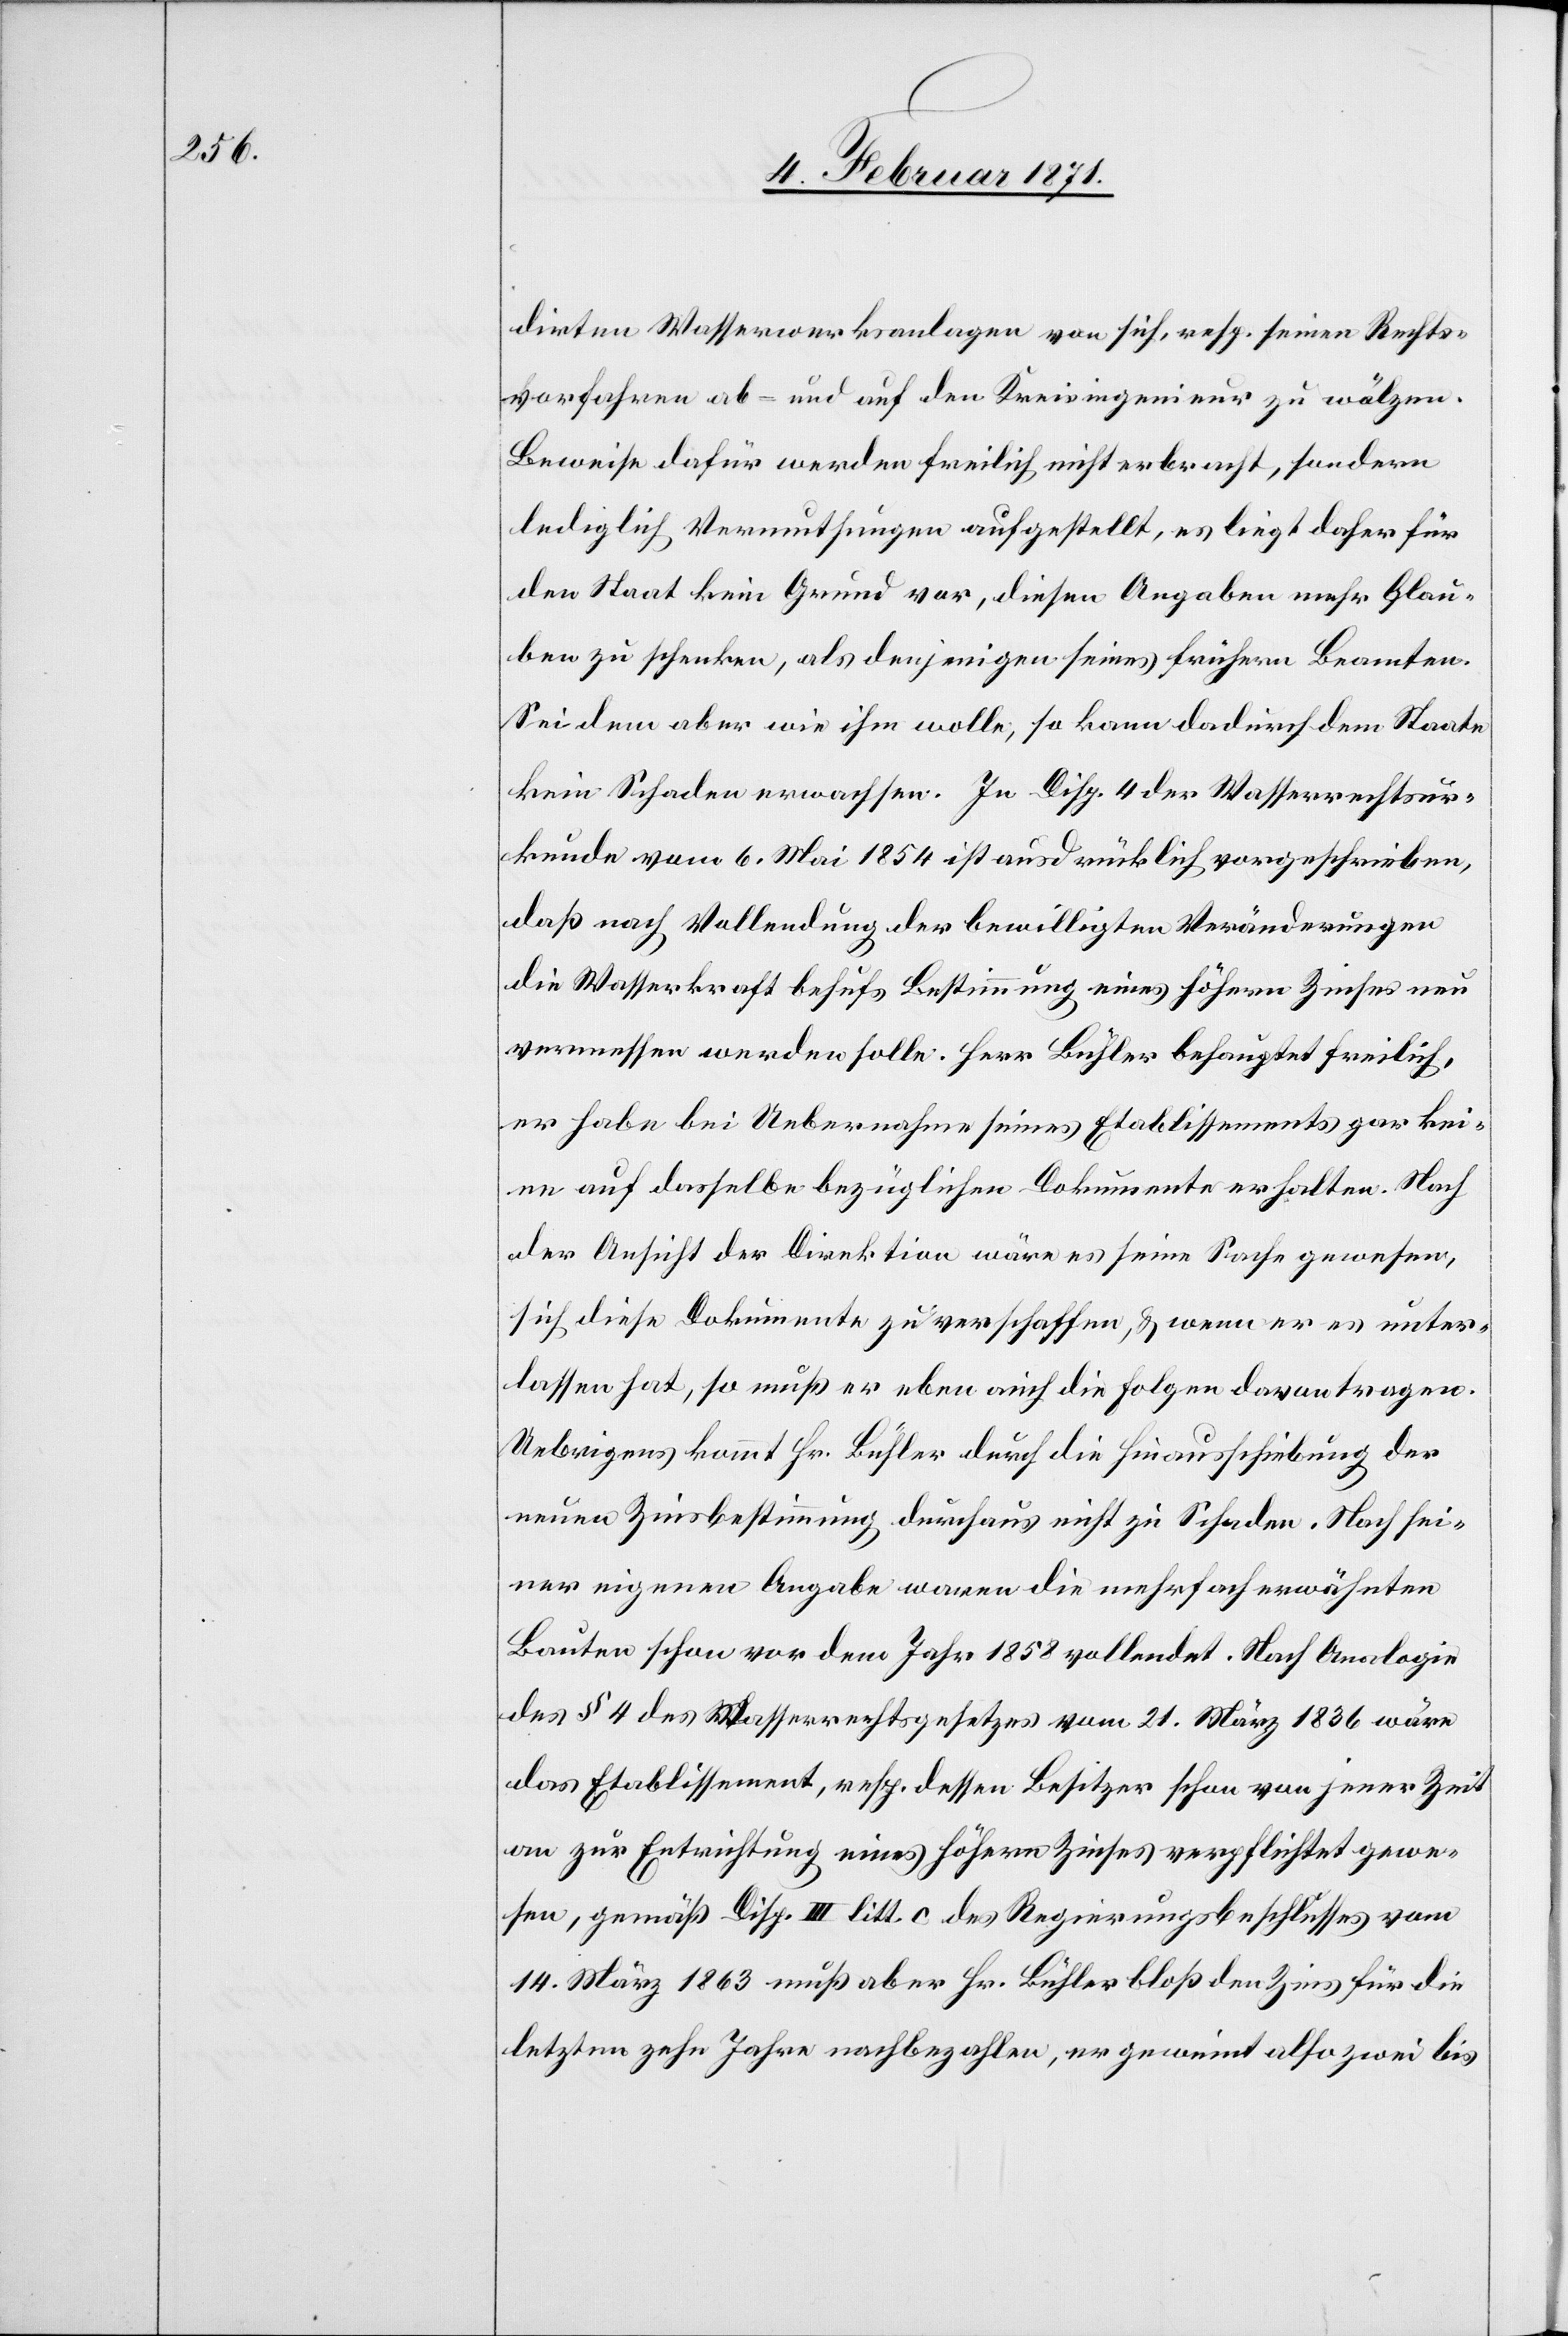
dirten Wasserwerksanlage von sich, resp. seinen Rechts¬
vorfahren ab- und auf den Kreisingenieur zu wälzen.
Beweise dafür werden freilich nicht erbracht, sondern
lediglich Vermuthungen aufgestellt, es liege daher für
den Staat kein Grund vor, diesen Angaben mehr Glau¬
ben zu schenken, als denjenigen seines frühern Beamten.
Sei dem aber wie ihm wolle, so kann dadurch dem Staate
kein Schaden erwachsen. In Disp. 4 der Wasserrechtsur¬
kunde vom 6. Mai 1854 ist ausdrücklich vorgeschrieben,
daß nach Vollendung der bewilligten Veränderungen
die Wasserkraft behufs Bestimmung eines höhern Zinses neu
vermessen werden solle. Herr Bühler behauptet freilich,
er habe bei Uebernahme seines Etablissements gar kei¬
ne auf dasselbe bezüglichen Dokumente erhalten. Nach
der Ansicht der Direktion wäre es seine Sache gewesen,
sich diese Dokumente zu verschaffen, u. wenn er es unter¬
lassen hat, so muß er eben auch die Folgen davon tragen.
Uebrigens kommt Hr. Bühler durch die Hinausschiebung der
neuen Zinsbestimmung durchaus nicht zu Schaden. Nach sei¬
ner eigenen Angabe waren die mehrfach erwähnten
Bauten schon vor dem Jahr 1858 vollendet. Nach Analogie
des § 4 des Wasserrechtsgesetzes vom 21. März 1836 wäre
das Etablissement, resp. dessen Besitzer schon von jener Zeit
an zur Entrichtung eines höhern Zinses verpflichtet gewe¬
sen, gemäß Disp. III litt. c des Regierungsbeschlusses vom
14. März 1863 muß aber Hr. Bühler bloß den Zins für die
letzten zehn Jahre nachbezahlen, er gewinnt also zwei bis